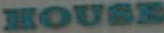
HOUSE